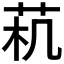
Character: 𱽟